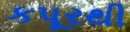
કપૂરથી